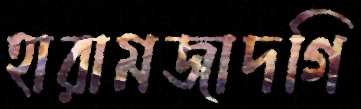
হারামজাদগি